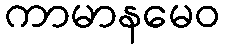
ကာမာနမေဝ